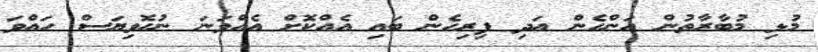
މުޅި މުބާރާތުން އަންހެން އަދި ފިރިހެން ބައި އެއްކޮށް އެއްވަނަ ނުހޮވިޔަސް ހައްވަ